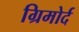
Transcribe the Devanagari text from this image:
ग्रिमोर्द